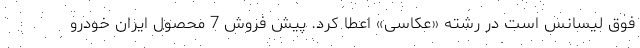
فوق لیسانس است در رشته «عکاسی» اعطا کرد. پیش فروش 7 محصول ایران خودرو